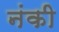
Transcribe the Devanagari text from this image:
नंकी